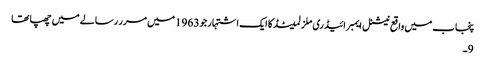
پنجاب میں واقع نیشنل ایمبرائیڈری ملز لمیٹڈ کا ایک اشتہار جو 1963 میں مرر رسالے میں چھپا تھا
9۔